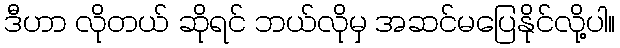
ဒီဟာ လိုတယ် ဆိုရင် ဘယ်လိုမှ အဆင်မပြေနိုင်လို့ပါ။